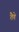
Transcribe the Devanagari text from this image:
तैणे